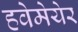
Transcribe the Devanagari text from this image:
हवेमेयेर